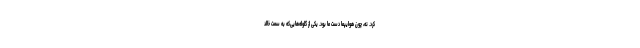
کرد. نه، چون هوایپما دست ما بود. یکی از گلوله‌هایی‌که به سمت خالد